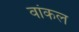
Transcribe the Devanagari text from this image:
वांकल